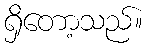
ရှိတော့သည်။